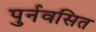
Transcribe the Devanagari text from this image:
पुर्नवसित